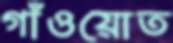
গাঁওয়োত